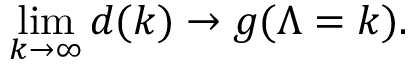
\operatorname * { l i m } _ { k \to \infty } d ( k ) \to g ( \Lambda = k ) .